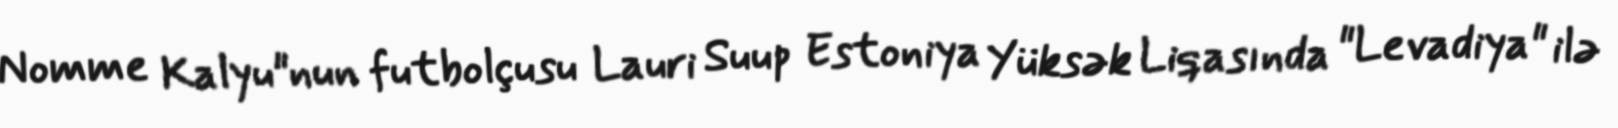
Nomme Kalyu"nun futbolçusu Lauri Suup Estoniya Yüksək Liqasında "Levadiya" ilə